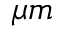
\mu m